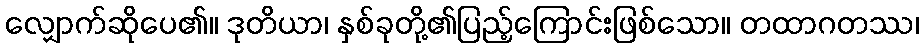
လျှောက်ဆိုပေ၏။ ဒုတိယာ၊ နှစ်ခုတို့၏ပြည့်ကြောင်းဖြစ်သော။ တထာဂတဿ၊